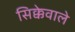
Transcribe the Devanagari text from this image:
सिक्केवाले